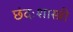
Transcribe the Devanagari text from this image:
छंदःशास्त्री